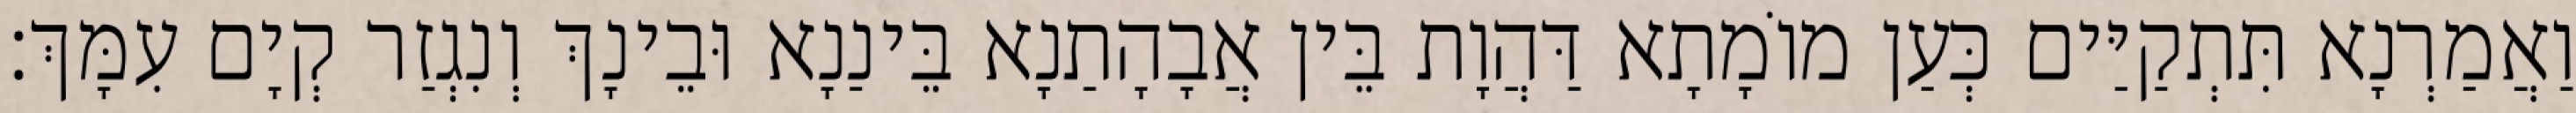
וַאֲמַרְנָא תִּתְקַיַּים כְּעַן מוֹמָתָא דַּהֲוָת בֵּין אֲבָהָתַנָא בֵּינַנָא וּבֵינָךְ וְנִגְזַר קְיָם עִמָּךְ׃